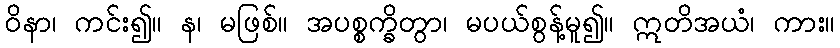
ဝိနာ၊ ကင်း၍။ န၊ မဖြစ်။ အပစ္စက္ခိတွာ၊ မပယ်စွန့်မူ၍။ ဣတိအယံ၊ ကား။